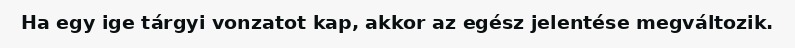
Ha egy ige tárgyi vonzatot kap, akkor az egész jelentése megváltozik.